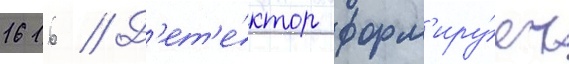
1616 // Д'ет'е́ктор форм'иру́ет